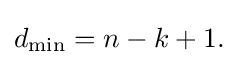
{\textstyle d_{\min }=n-k+1.}